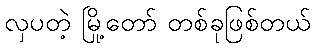
လှပတဲ့ မြို့တော် တစ်ခုဖြစ်တယ်